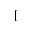
[